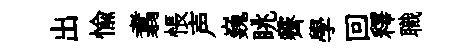
出愉翥悵声巍眺霽學回釋職